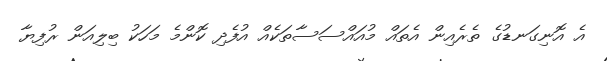
އެ އޮނިގަނޑުގެ ތެރެއިން އެތައް މުއައްސަސާތަކެއް އުފެދި ކޮންމެ މަހަކު ބިލިއަން ރުފިޔާ